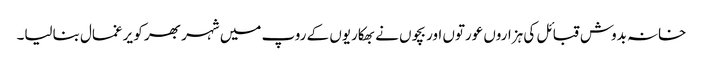
خانہ بدوش قبائل کی ہزاروں عورتوں اور بچوں نے بھکاریوں کے روپ میں شہر بھر کو یرغمال بنالیا۔